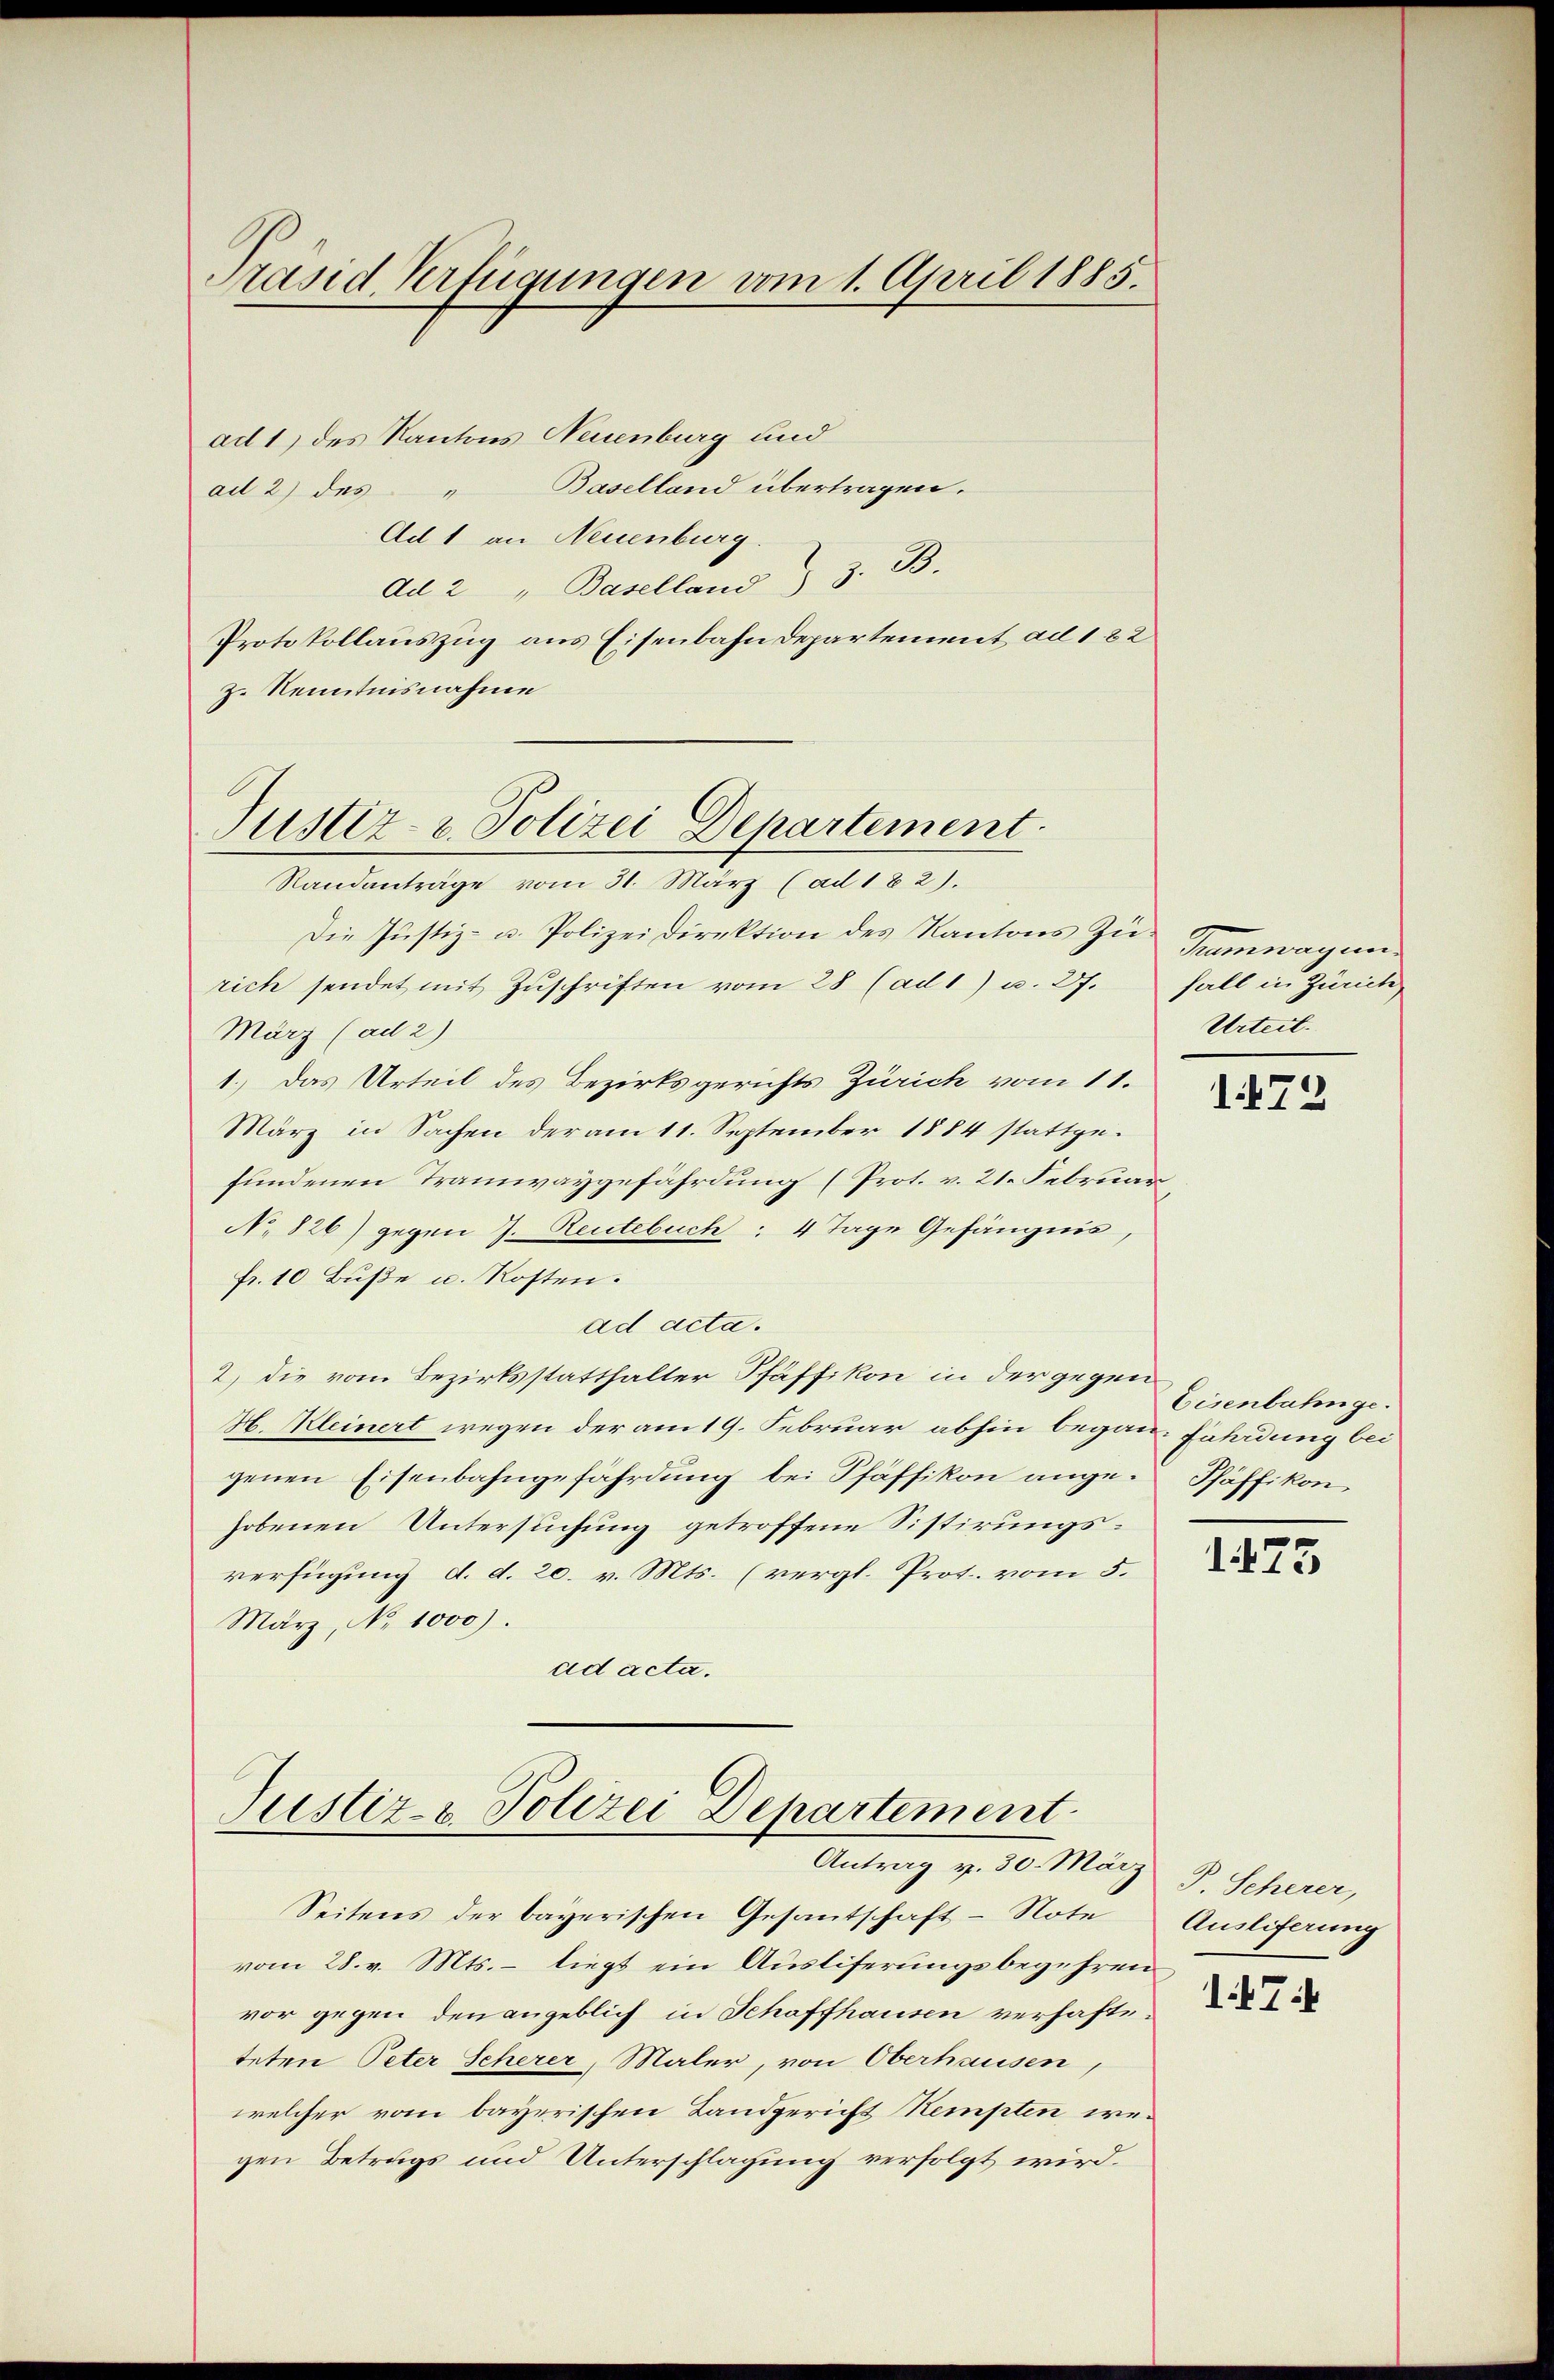
Präsid Verfügungen vom 1. April 1885.

ad 1) des Kantons Neuenburg und
Baselland übertragen.
ad 2) des
Ad 1 an Neuenburg
Ad 2 " Baselland) z. B.
Protokollauszug aus Eisenbahndepartement ad 1. 82
z. Kenntnisnahme

Justiz- & Polizei Departement.

Justiz- & Polizei Departement.
Antrag v. 30. März

Randanträge vom 31. März (ad 182).
Die Justiz- u. Polizeidirektion des Kantons Zu-
rich sendet mit Zŭschriften vom 28 (ad 1) u. 27. Fall in Zürich
März (ad 2)
1.) Das Urteil des Bezirksgerichts Zürich vom 11.
März in Sachen der am 11. September 1884 stattgefundenen Tramwaygefährdung (Prot. v. 21. Februar
No 826) gegen 7. Reutebuch: 4 Tage Gefängnis,
fr. 10 Buße u. Kosten.
ad acta.
2.) die vom Bezirksstatthalter Pfäffikon in der gegen
H. Kleinert wegen der am 19. Februar abhin begann-Fährdung bei
genen Eisenbahngefährdung bei Pfäffikon ange-Pfäffikon
hobenen Untersuchung getroffene Sistirungsverfügung d. d. 20. v. Mts. (vergl. Prot. vom 5.
März, No 1000.
ad acta.

Seitens der bayerischen Gesantschaft - Notu
vom 28. v. Mts. – liegt ein Ausliserungsbegehren
vor gegen den angeblich in Schaffhausen verhafteteten Peter Scherer, Maler, von Oberhausen,
welcher vom bayerischen Landgericht Kempten wegen Betrags und Unterschlagung verfolgt wird.

Tuwagen
Urteil.

1472

Eisenbahnge.

1475

P. Scherer,
Auslieferung

17